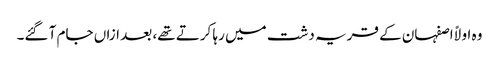
وہ اولاً اصفہان کے قریہ دشت میں رہا کرتے تھے، بعد ازاں جام آ گئے۔